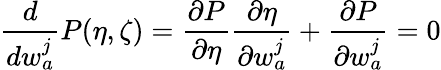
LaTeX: \frac{d}{dw_{a}^{j}}P(\eta,\zeta)=\frac{\partial P}{\partial\eta}\frac{\partial\eta}{\partial w_{a}^{j}}+\frac{\partial P}{\partial w_{a}^{j}}=0